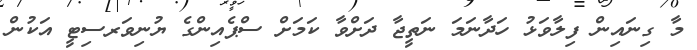
މާ ގިނައިން ފިލާވަޅު ހަދާނަމަ ނަތީޖާ ދަށްވާ ކަމަށް ސްޕެއިންގެ ޔުނިވަރސިޓީ އަކުން